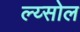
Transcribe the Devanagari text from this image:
ल्य्सोल